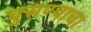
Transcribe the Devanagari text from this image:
घुसण्याचा